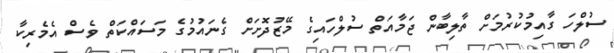
ސުލްހަ ގާއިމުކުރުމަށް ތާލިބާން ޖަމާއަތް ސުލްހައިގެ މޭޒުދޮށަށް ގެނައުމުގެ މަސައްކަތް ވެސް އެމެރިކާ